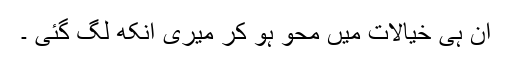
ان ہی خیالات میں محو ہو کر میری آنکھ لگ گئی ۔